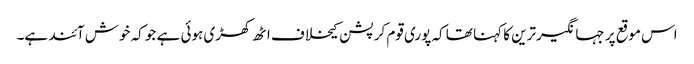
اس موقع پر جہانگیرترین کا کہنا تھا کہ پوری قوم کرپشن کیخلاف اٹھ کھڑی ہوئی ہے جو کہ خوش آئند ہے۔